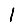
Digit: 1